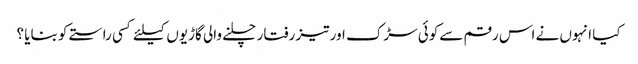
کیا انہوں نے اس رقم سےکوئی سڑک اور تیز رفتار چلنے والی گاڑیوں کیلئے کسی راستے کو بنایا ؟